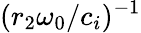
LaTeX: (r_{2}\omega_{0}/c_{i})^{-1}